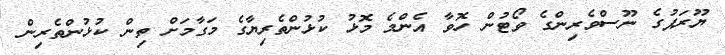
ޔޫރަޕުގެ ނޫސްވެރިންގެ ވޯޓުން ހޮވާ އެންމެ މޮޅު ކުޅުންތެރިޔާގެ މަގާމަށް ތިން ކުޅުންތެރިން